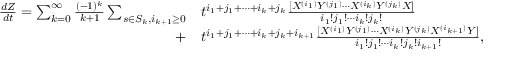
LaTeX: { \begin{array} { r l } { { \frac { d Z } { d t } } = \sum _ { k = 0 } ^ { \infty } { \frac { ( - 1 ) ^ { k } } { k + 1 } } \sum _ { s \in S _ { k } , i _ { k + 1 } \geq 0 } } & { { } t ^ { i _ { 1 } + j _ { 1 } + \cdots + i _ { k } + j _ { k } } { \frac { [ X ^ { ( i _ { 1 } ) } Y ^ { ( j _ { 1 } ) } \cdots X ^ { ( i _ { k } ) } Y ^ { ( j _ { k } ) } X ] } { i _ { 1 } ! j _ { 1 } ! \cdots i _ { k } ! j _ { k } ! } } } \\ { + } & { { } t ^ { i _ { 1 } + j _ { 1 } + \cdots + i _ { k } + j _ { k } + i _ { k + 1 } } { \frac { [ X ^ { ( i _ { 1 } ) } Y ^ { ( j _ { 1 } ) } \cdots X ^ { ( i _ { k } ) } Y ^ { ( j _ { k } ) } X ^ { ( i _ { k + 1 } ) } Y ] } { i _ { 1 } ! j _ { 1 } ! \cdots i _ { k } ! j _ { k } ! i _ { k + 1 } ! } } , \quad i _ { r } , j _ { r } \geq 0 , \quad i _ { r } + j _ { r } > 0 , \quad 1 \leq r \leq k } \end{array} } .